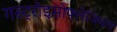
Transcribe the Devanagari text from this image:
गस्ट्रोइसोफ्लेजियल